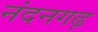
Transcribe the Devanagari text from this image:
नंदनगढ़